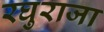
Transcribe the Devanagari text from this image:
रघुराजा